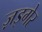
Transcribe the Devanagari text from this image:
ज़इगेर